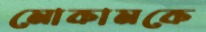
মোকামকে